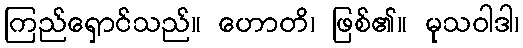
ကြည်ရှောင်သည်။ ဟောတိ၊ ဖြစ်၏။ မုသဝါဒါ၊